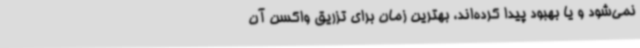
نمی‌شود و یا بهبود پیدا کرده‌اند، بهترین زمان برای تزریق واکسن آن